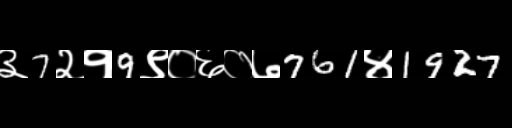
Text: ३7२१9९०६०७761४1927